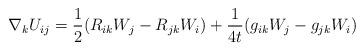
LaTeX: \begin{align*}{\nabla} _k {U}_{ij}=\frac{1}{2}(R_{ik} W_{j}-R_{jk}W_i)+\frac{1}{4t}(g_{ik}W_j-g_{jk}W_i )\end{align*}